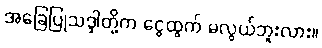
အခြေပြုသဒ္ဒါတို့က ငွေထွက် မလွယ်ဘူးလား။